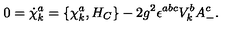
0 = { \dot { \chi } } _ { k } ^ { a } = \{ \chi _ { k } ^ { a } , H _ { C } \} - 2 g ^ { 2 } \epsilon ^ { a b c } V _ { k } ^ { b } A _ { - } ^ { c } .